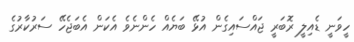
ހީވަނީ ޑެއިލީ ރޮބަރީ ޖައްސައިގެން އުޅޭ ބަޔެއް ހެންނެވެ އެކަން އެބަޖެހޭ ސަރުކާރުގެ